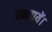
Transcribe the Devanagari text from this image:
बनवायें।